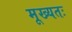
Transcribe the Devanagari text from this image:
मूख्यतः